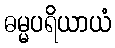
ဓမ္မပရိယာယံ